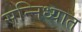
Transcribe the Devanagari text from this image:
सन्निध्यात